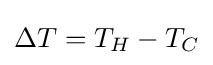
\Delta T=T_{H}-T_{C}